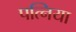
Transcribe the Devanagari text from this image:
पत्निया